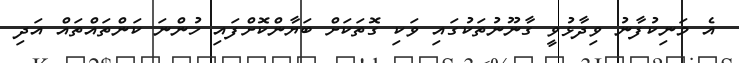
އެ މަނިކުފާނު ވިދާޅުވީ ގާނޫނުތަކުގައި ވަކި ގޮތަކަށް ބަޔާންކޮށްފައި ހުންނަ ކަންތައްތައް އަދި